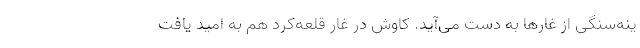
ینه‌سنگی از غارها به دست می‌آید. کاوش در غار قلعه‌کرد هم به امید یافت